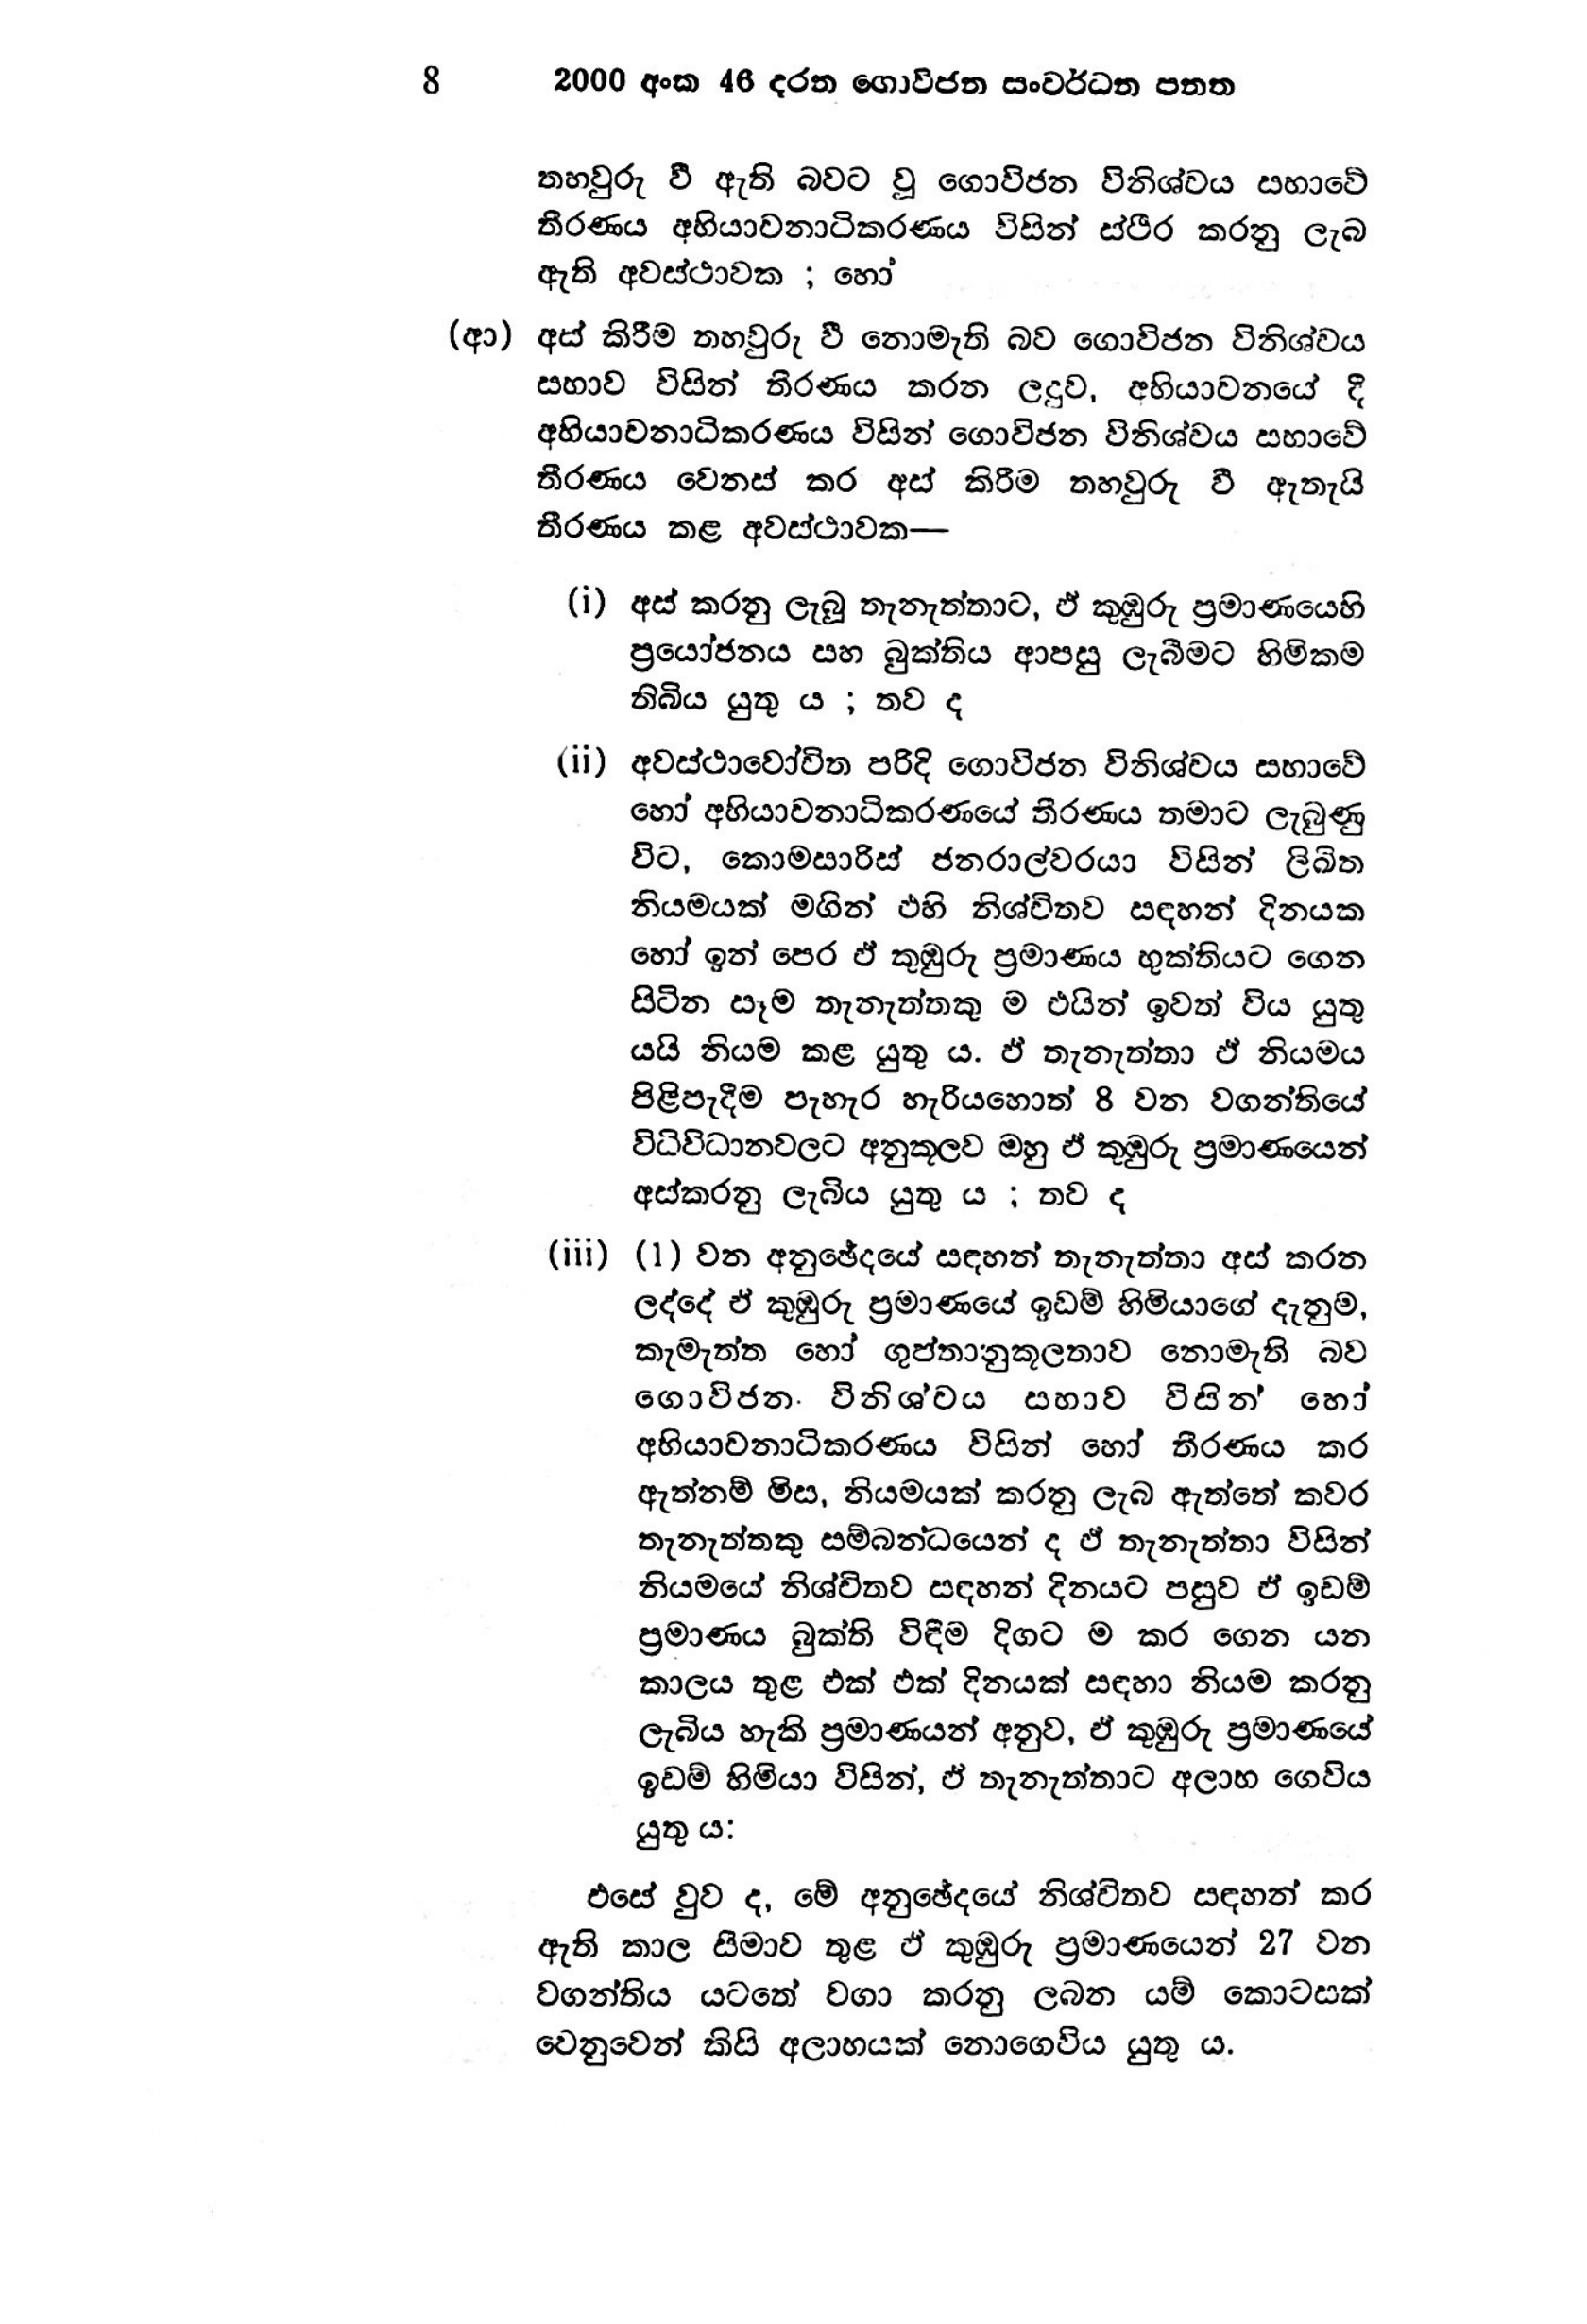
8 2000 අංක 46 දරන ගොවිජන සංවර්ධන පනත

තහවුරු වී ඇති බවට වූ ගොවිජන විනිශ්චය සභාවේ
තීරණය අභියාචනාධිකරණය විසින් ස්ථිර කරනු ලැබ
ඇති අවස්ථාවක ; හෝ

(ආ) අස් කිරීම තහවුරු වී නොමැති බව ගොවිජන විනිශ්චය
සභාව විසින් තිරණය කරන ලදුව, අභියාවනයේ දී
අභියාචනාධිකරණය විසින් ගොවිජන විනිශ්චය සභාවේ
තීරණය වෙනස් කර අස් කිරීම තහවුරු වී ඇතැයි
තීරණය කළ අවස්ථාවක—

(i) අස් කරනු ලැබූ තැනැත්තාට, ඒ කුඹුරු ප්‍රමාණයෙහි
ප්‍රයෝජනය සහ බුක්තිය ආපසු ලැබීමට හිමිකම
තිබිය යුතු ය ; තව ද

(ii) අවස්ථාවෝචිත පරිදි ගොවිජන විනිශ්චය සභාවේ
හෝ අභියාචනාධිකරණයේ තීරණය තමාට ලැබුණු
විට, කොමසාරිස් ජනරාල්වරයා විසින් ලිඛිත
නියමයක් මගින් එහි නිශ්චිතව සඳහන් දිනයක
හෝ ඉන් පෙර ඒ කුඹුරු ප්‍රමාණය භුක්තියට ගෙන
සිටින සෑම තැනැත්තකු ම එයින් ඉවත් විය යුතු
යයි නියම කළ යුතු ය. ඵ් තැනැත්තා ඒ නියමය
පිළිපැදීම පැහැර හැරියහොත් 8 වන වගන්තියේ
විධිවිධානවලට අනුකූලව ඔහු ඒ කුඹුරු ප්‍රමාණයෙන්
අස්කරනු ලැබිය යුතු ය; තව ද

(iii) (1) වන අනුඡේදයේ සඳහන් තැනැත්තා අස් කරන
ලද්දේ ඒ කුඹුරු ප්‍රමාණයේ ඉඩම් හිමියාගේ දැනුම,
කැමැත්ත හෝ ගුප්තානුකූලතාව නොමැති බව
ගොවිජන· විනිශ්චය සභාව විසින් හෝ
අභියාචනාධිකරණය විසින් හෝ තීරණය කර
ඇත්නම් මිස, නියමයක් කරනු ලැබ ඇත්තේ කවර
තැනැත්තකු සම්බන්ධයෙන් ද ඒ තැනැත්තා විසින්
නියමයේ නිශ්චිතව සඳහන් දිනයට පසුව ඒ ඉඩම්
ප්‍රමාණය බුක්ති විඳීම දිගට ම කර ගෙන යන
කාලය තුළ එක් එක් දිනයක් සඳහා නියම කරනු
ලැබිය හැකි ප්‍රමාණයන් අනුව, ඒ කුඹුරු ප්‍රමාණයේ
ඉඩම් හිමියා විසින්, ඒ තැනැත්තාට අලාභ ගෙවිය
යුතු ය:

එසේ වුව ද, මේ අනුඡේදයේ නිශ්චිතව සඳහන් කර
ඇති කාල සීමාව තුළ ඒ කුඹුරු ප්‍රමාණයෙන් 27 වන
වගන්තිය යටතේ වගා කරනු ලබන යම් කොටසක්
වෙනුවෙන් කිසි අලාභයක් නොගෙවිය යුතු ය.